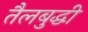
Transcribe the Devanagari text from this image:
तैलबुद्धी